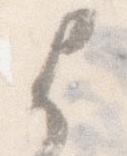
よ